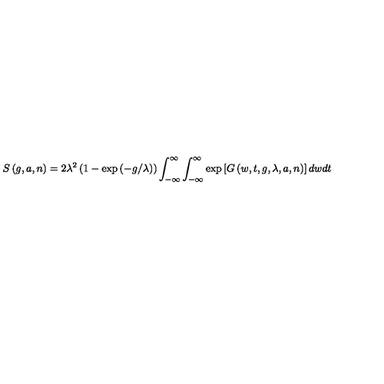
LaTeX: S \left( g , a , n \right) = 2 \lambda ^ { 2 } \left( 1 - \exp \left( - g / \lambda \right) \right) \int _ { - \infty } ^ { \infty } \int _ { - \infty } ^ { \infty } \exp \left[ G \left( w , t , g , \lambda , a , n \right) \right] d w d t